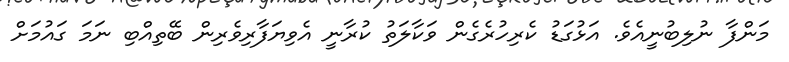
މަންފާ ނުލިބުނީއެވެ. އަޅުގަޑު ކެރިހުރެގެން ވަކާލަތު ކުރާނީ އެވިޔަފާރިވެރިން ބޭތިއްބި ނަމަ ގައުމަށް